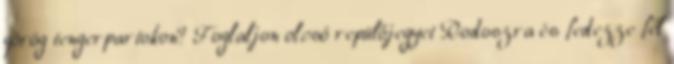
görög tengerpartokon? Foglaljon olcsó repülőjegyet Rodoszra és fedezze fel